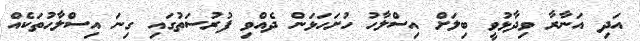
އަދި އަނާރާ ވިދާޅުވީ ބިލަށް އިސްލާހު ހުށަހަޅަން ދެއްވި ފުރުސަތުގައި ގިނަ އިސްލާހުތަކެއް